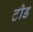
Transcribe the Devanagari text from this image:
टीड